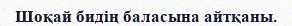
Шоқай бидің баласына айтқаны.